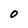
Character: 0